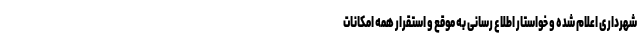
شهرداری اعلام شده و خواستار اطلاع رسانی به موقع و استقرار همه امکانات